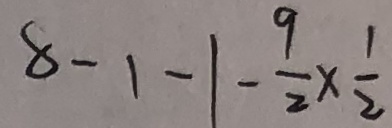
8 - 1 - 1 - \frac { 9 } { 2 } \times \frac { 1 } { 2 }